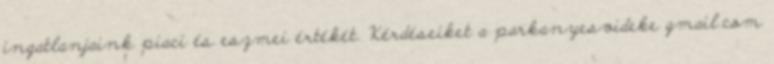
ingatlanjaink piaci és eszmei értékét. Kérdéseiket a parkanyesvideke gmail.com